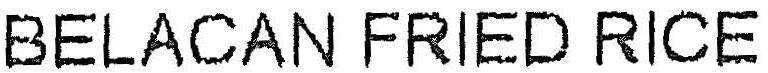
BELACAN FRIED RICE